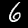
Digit: 6